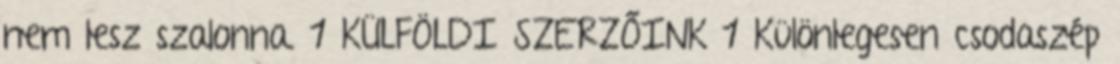
nem lesz szalonna. 1 KÜLFÖLDI SZERZŐINK 1 Különlegesen csodaszép